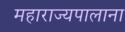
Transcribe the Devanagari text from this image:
महाराज्यपालाना